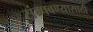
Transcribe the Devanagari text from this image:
संम्पवण्यासाठी